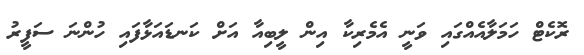
ރޮކެޓް ހަމަލާއެއްގައި ވަނީ އެމެރިކާ އިން ލީބިއާ އަށް ކަނޑައަޅާފައި ހުންނަ ސަފީރު